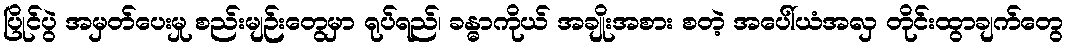
ပြိုင်ပွဲ အမှတ်ပေးမှု စည်းမျဉ်းတွေမှာ ရုပ်ရည်၊ ခန္ဓာကိုယ် အချိုးအစား စတဲ့ အပေါ်ယံအလှ တိုင်းထွာချက်တွေ